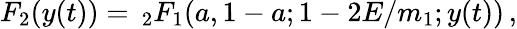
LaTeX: F_{2}(y(t))=\, _{2}F_{1}(a,1-a;1-2E/m_{1};y(t))\, ,